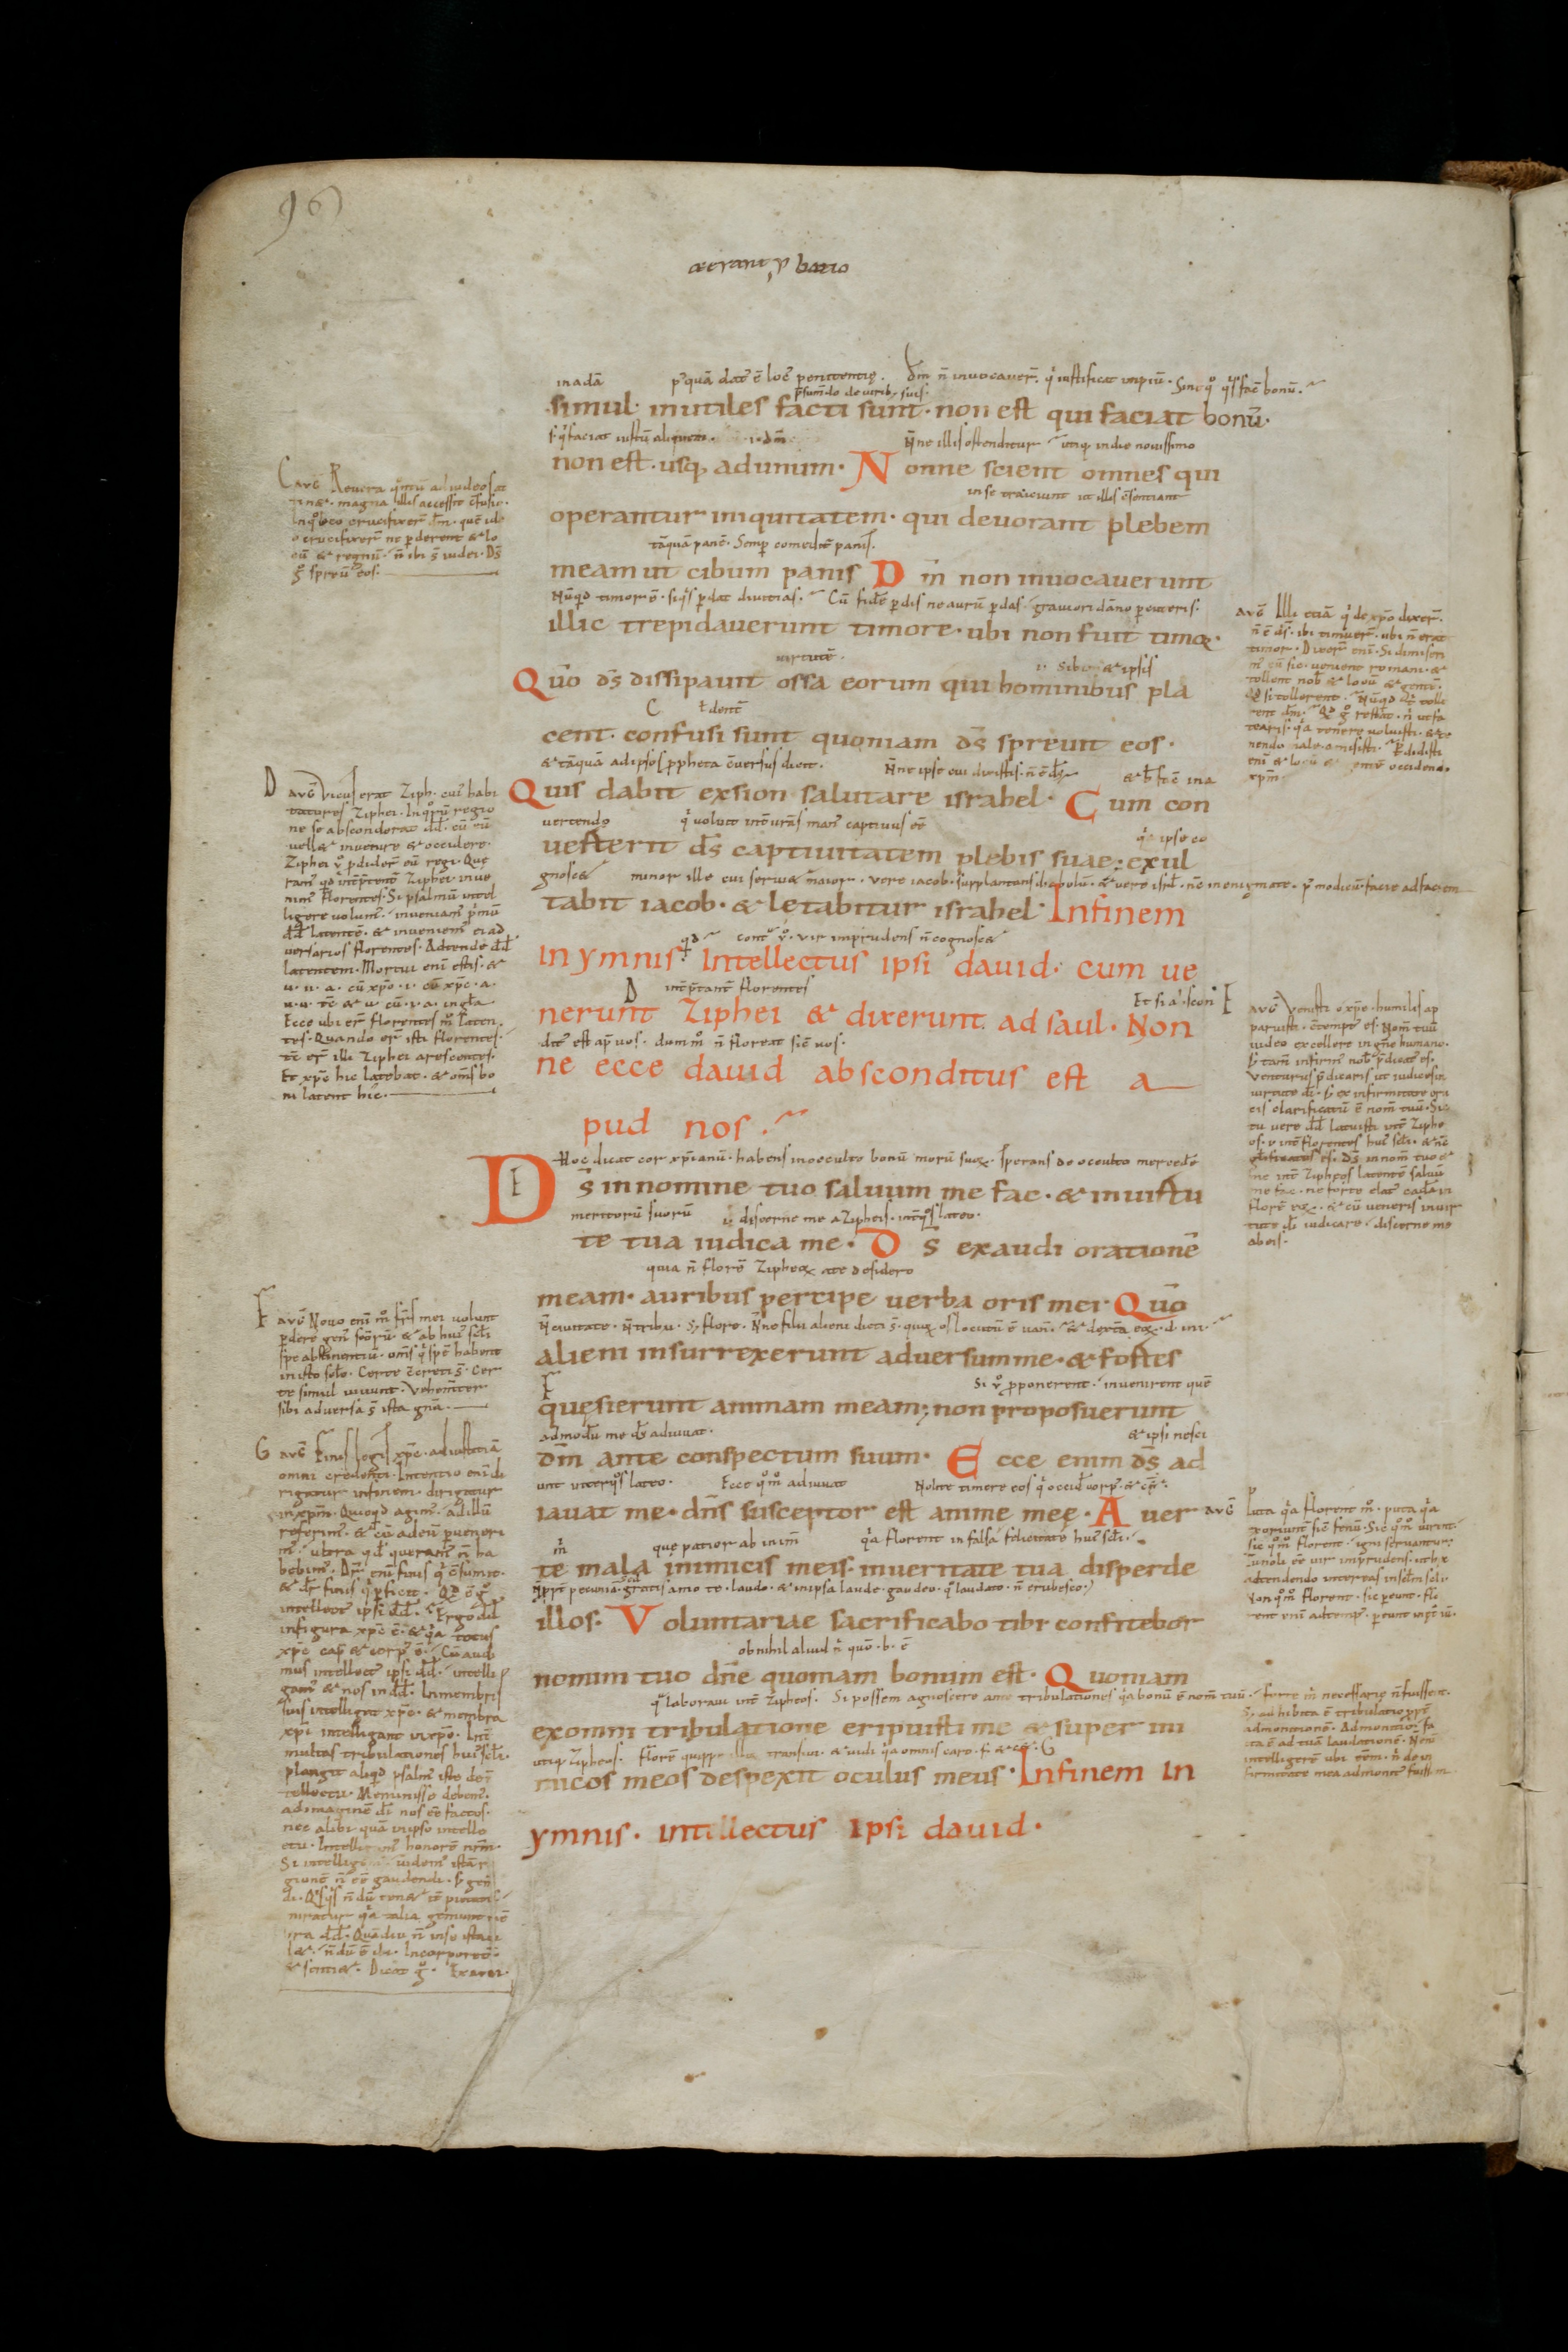
Shelfmark: St. Gallen, Stiftsbibliothek, Cod. Sang. 18
Century: 10